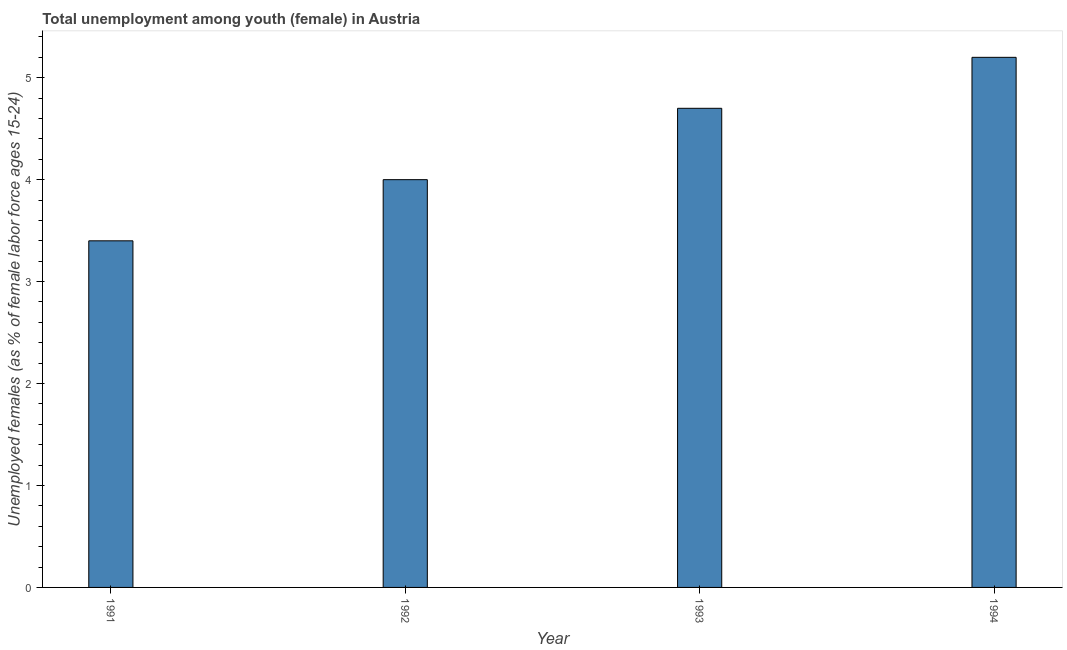
| Year | Unemployment |
 | --- | --- |
 | 1991 | 3.4 |
 | 1992 | 4 |
 | 1993 | 4.7 |
 | 1994 | 5.2 |